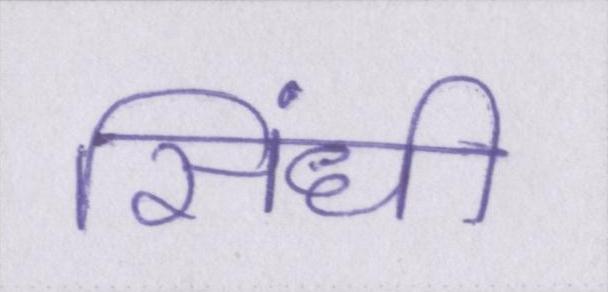
सिंधी